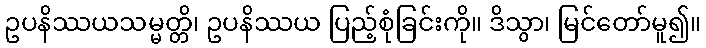
ဥပနိဿယသမ္မတ္တိ၊ ဥပနိဿယ ပြည့်စုံခြင်းကို။ ဒိသွာ၊ မြင်တော်မူ၍။